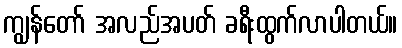
ကျွန်တော် အလည်အပတ် ခရီးထွက်လာပါတယ်။